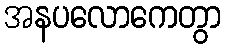
အနပလောကေတွာ